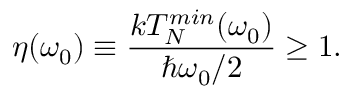
\eta ( \omega _ { 0 } ) \equiv \frac { k T _ { N } ^ { m i n } ( \omega _ { 0 } ) } { \hbar \omega _ { 0 } / 2 } \geq 1 .